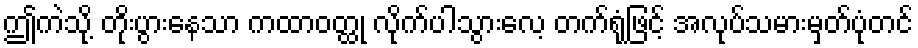
ဤကဲသို့ တိုးပွားနေသာ ကထာဝတ္ထု လိုက်ပါသွားလေ့ တက်ရုံဖြင့် အလုပ်သမားမှတ်ပုံတင်